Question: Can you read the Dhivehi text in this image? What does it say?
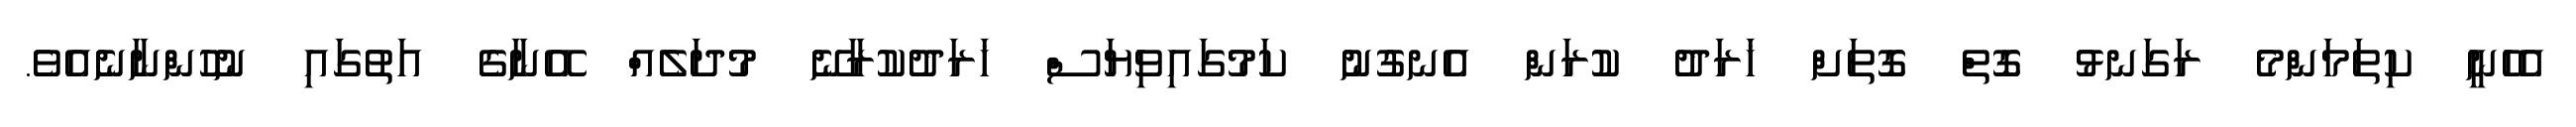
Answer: އެހެނީ ކިތަމަންމެ ރަގަނޅު ގޮތް ގޮތަށް ޚަރަދު ކުރަން އެނގުނު ކަމުގައިވިޔަސް ޚަރަދުކުރާނޭ މުދަލެއް އޭނާގެ އަތުގައި ނުހުންނާނެއެވެ.